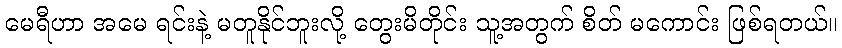
မေရီဟာ အမေ ရင်းနဲ့ မတူနိုင်ဘူးလို့ တွေးမိတိုင်း သူ့အတွက် စိတ် မကောင်း ဖြစ်ရတယ်။